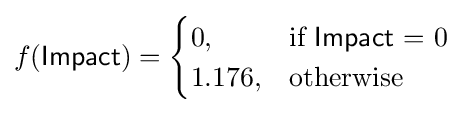
f({\textsf {Impact}})={\begin{cases}0,&{\text{if }}{\textsf {Impact}}{\text{ = 0}}\\1.176,&{\text{otherwise }}\end{cases}}